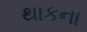
થાકના